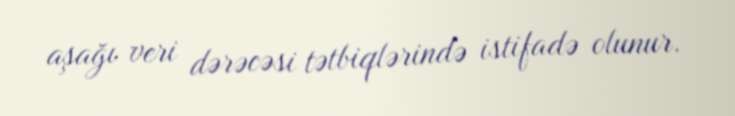
aşağı veri dərəcəsi tətbiqlərində istifadə olunur.